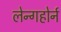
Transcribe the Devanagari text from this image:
लेन्गहोर्न